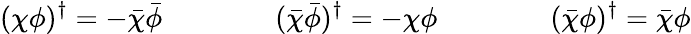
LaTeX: (\chi\phi)^{\dagger}=-\bar{\chi}\bar{\phi}\qquad\qquad(\bar{\chi}\bar{\phi})^{\dagger}=-\chi\phi\qquad\qquad(\bar{\chi}\phi)^{\dagger}=\bar{\chi}\phi